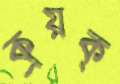
ক্রয়ক্